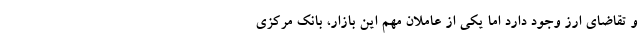
و تقاضای ارز وجود دارد اما یکی از عاملان مهم این بازار، بانک مرکزی